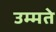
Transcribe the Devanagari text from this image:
उम्मते